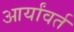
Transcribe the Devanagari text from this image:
आर्यांवर्त